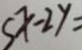
S x - 2 y =